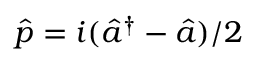
\hat { p } = i ( \hat { a } ^ { \dag } - \hat { a } ) / 2